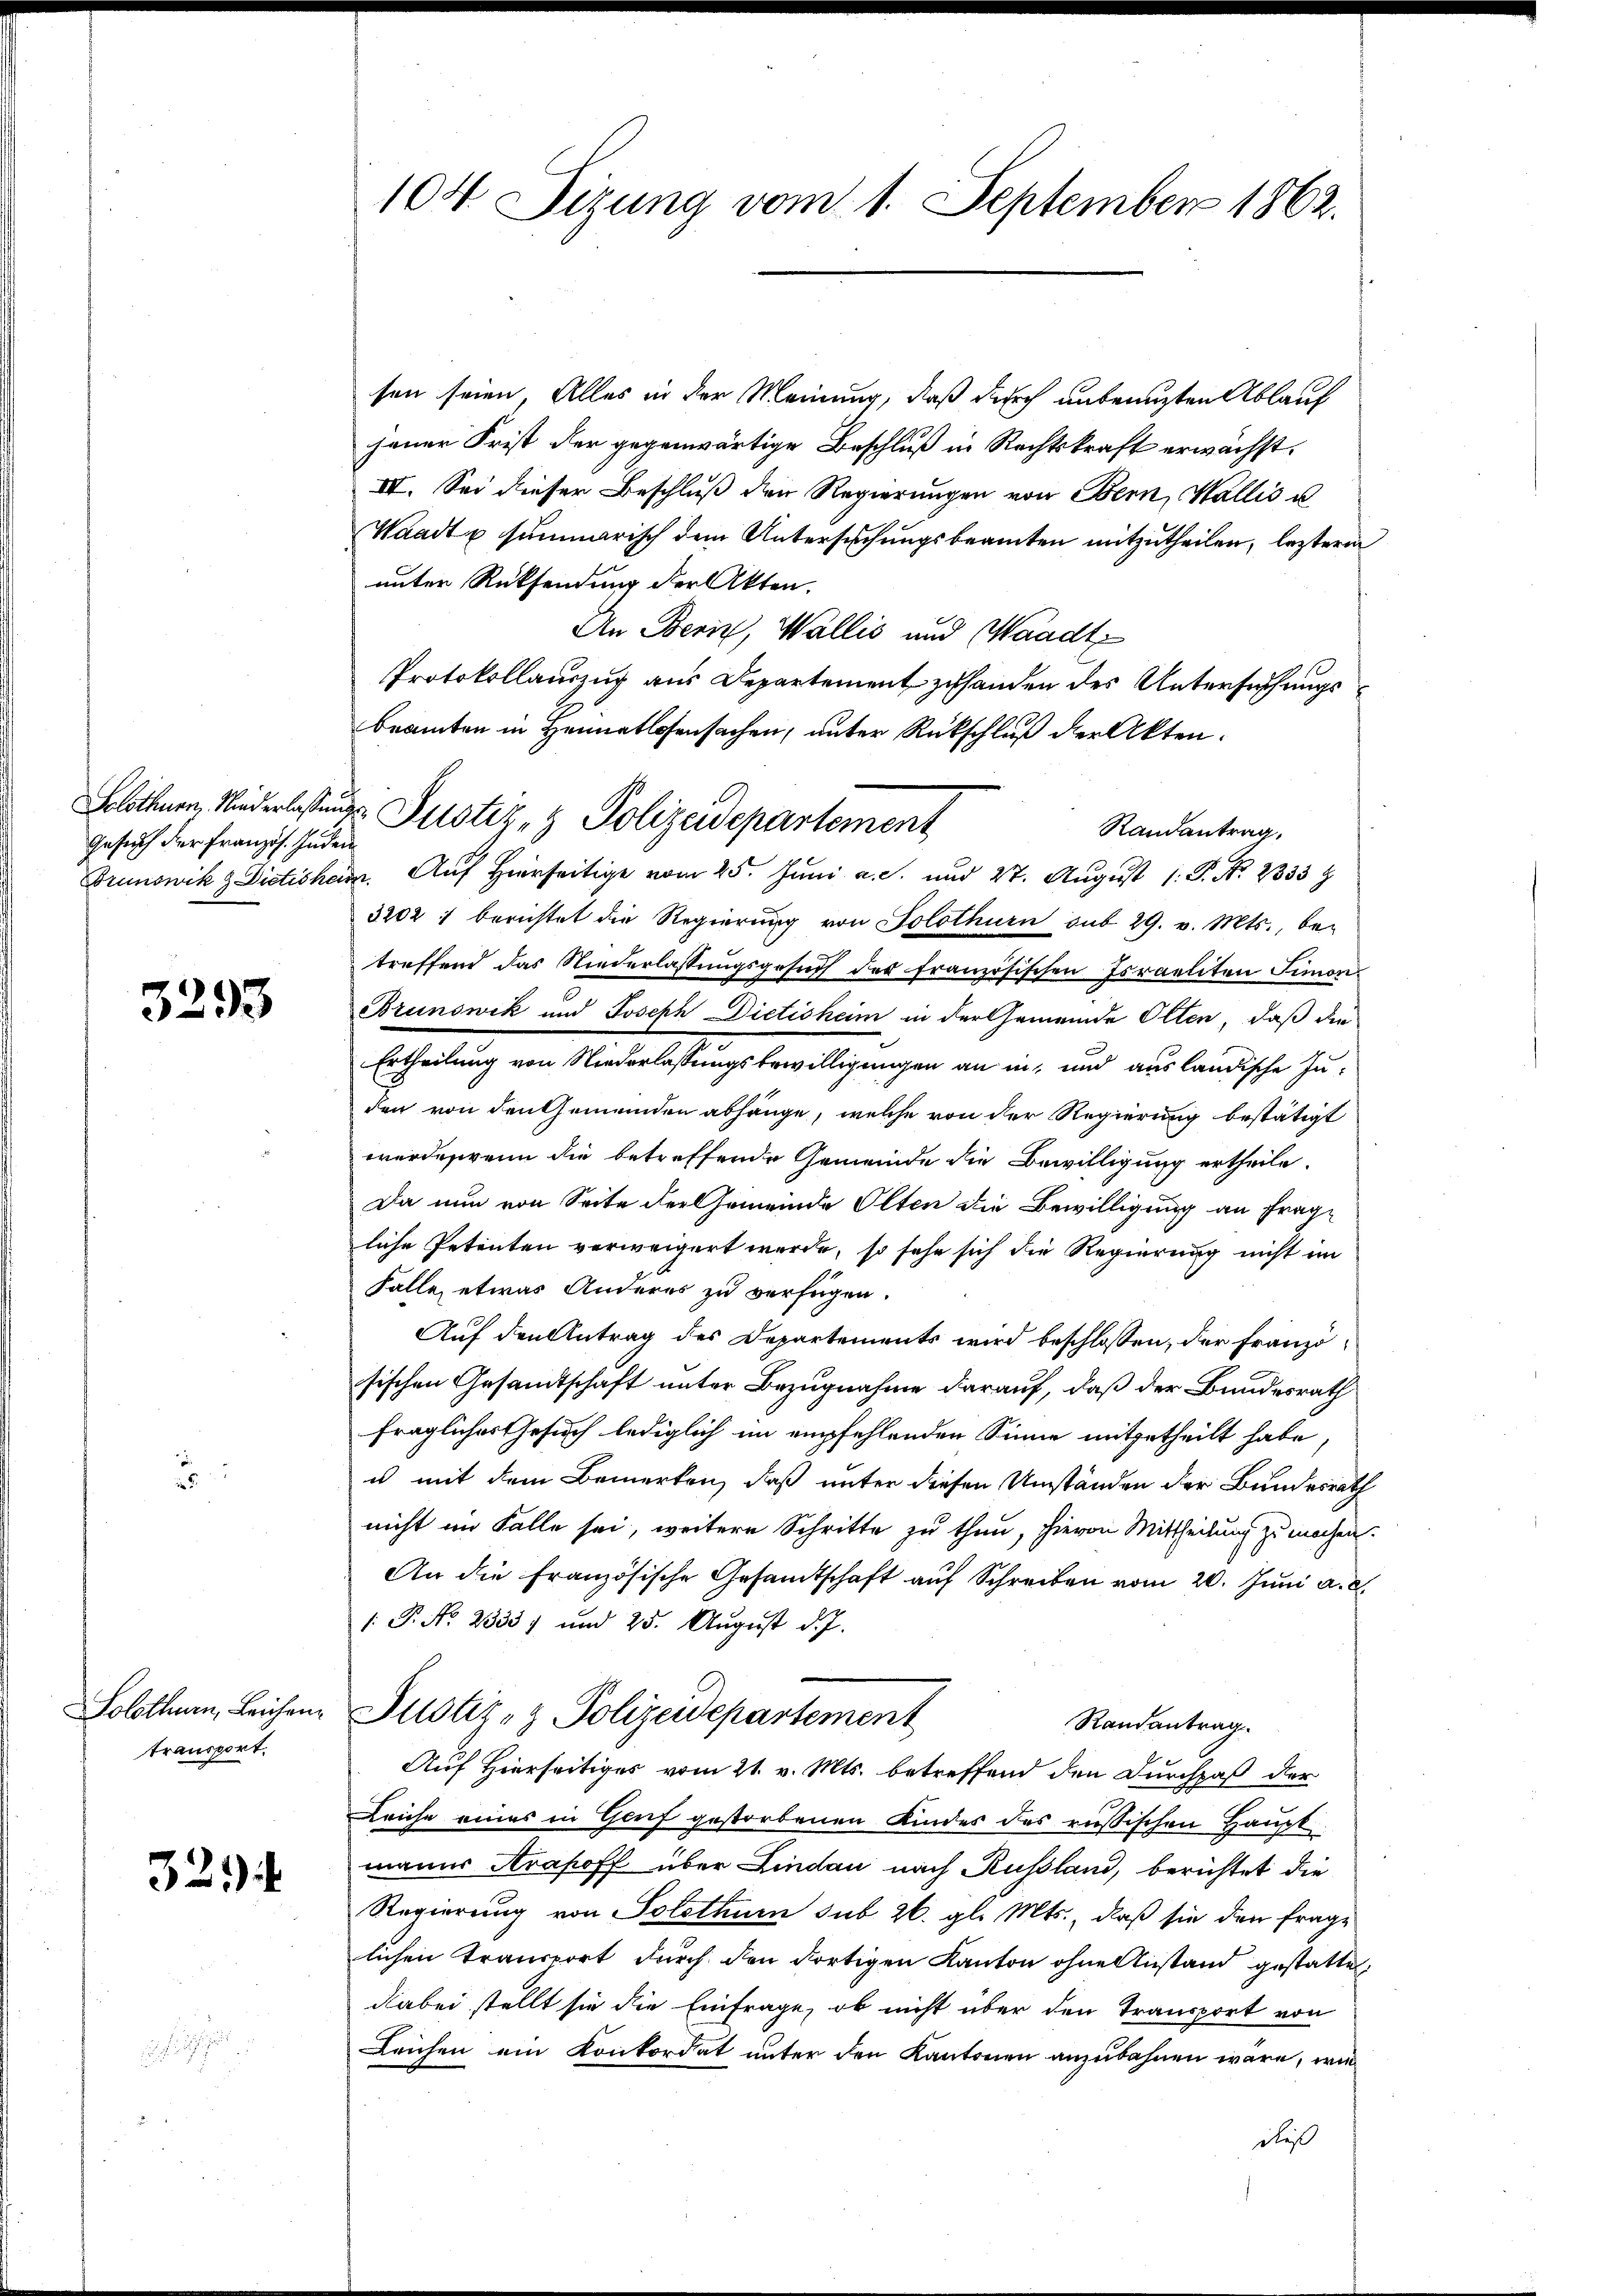
Gesuch der Französ. Indem
Brunswik & Dietishei

3293

Solothurn, Leichen
transport.

32)

104. Sitzung vom 1. September 1862.

sen seien. Alles in der Meinung, daß durch unbenuzten Ablauf
jener Frist der gegenwärtige Beschluß in Rechtskraft erwächst.
IV. Sei dieser Beschluß den Regierungen von Bern, Wallis u.
Waadt u. summarisch dem Untersuchungsbeamten mitzutheilen, lezteren
unter Rücksendung der Akten.
An Bern, Wallis und Waadt
Protokollauszug aus Departement zuhanden des Untersuchungsbeamten in Heimatlosensachen, unter Rückschluß der Akten.
Randantrag,
i. Auf Hierseitige vom 25. Juni a. S. und 27. August 1. P. Nr. 2333
3202 : berichtet die Regierŭng von Solothurn sub 29. v. Mts., be-
treffend das Niederlassungsgesuch der französischen Israeliten Simon
Brunswik und Joseph Dictisheim in der Gemeinde Otten, daß die
Ertheilung von Niederlassungsbewilligungen an in und ausländische Inden von den Gemeinden abhänge, welche von der Regierung bestätigt
wurde wenn die betreffende Gemeinde die Bewilligung ertheile.
Da nun von Seite der Gemeinde Olten die Bewilligung an Frage
liche Petenten verweigert werde, so sehe sich die Regierung nicht im
Falle etwas Anderes zu verfügen.
Auf den Antrag des Departements wird beschlossen, der Französischen Gesandtschaft unter Bezugnahme darauf, daß der Bundesrath
fragliches Gesuch lediglich im empfehlenden Sinne mitgetheilt habe,
u mit dem Bemerken, daß unter diesen Umständen der Bundesrath
nicht im Falle sei, weitere Schritte zu thun, hievon Mittheilung zu machen.
An die französische Gesamtschaft auf Schreiben vom 20. Juni a. c.
1 P. No. 23357 und 25. August d. J.
Justiz- & Polizeidepartement
Randantrag.
Auf Hierseitiges vom 21. v. Mts. betreffend den Durchpaß der
Leiche eines in Genf gestorbenen Kindes des russischen Haupt
manns Arahoff über Lindau nach Russland, berichtet die
Regierung von Solothurn sub 26. gl. Mts., daß sie den frage
lichen Transport durch den dortigen Kanton ohne Anstand gestattet,
dabei stellt sie die Einfrage, ob nicht über den Transport von
Leichen ein Konkordat unter den Kantonen anzubahnen wäre, wie
dieß

Blöhnen, Niederlaßungs-Pustiz- & Polizeidepartement